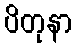
ပိတုနာ